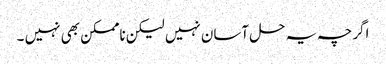
اگرچہ یہ حل آسان نہیں لیکن ناممکن بھی نہیں ۔